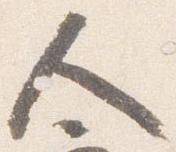
人